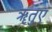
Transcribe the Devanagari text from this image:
ॠतुएं